Sketch of the medical history of the native army of Bombay, for the year
Year: 1872
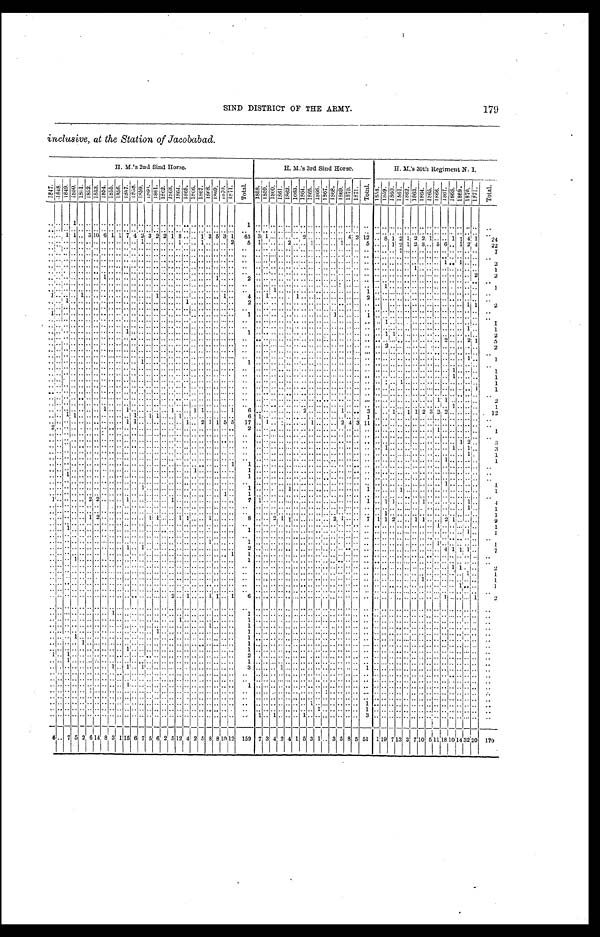
SIND DISTRICT OF THE ARMY.
179
inclusive, at the Station of Jacobabad.
H. M.'s 2nd Sind Horse.
H. M's 3rd Sind Horse.
H. M.' s 30th Regiment N.I.
1847
1 8 4 8
1 8 4 9 . 1 8 5 0 .
1 8 5 1 . 1 8 5 2 . 1 8 5 3 . 1 8 5 4 . 1 8 5 5 . 1 8 5 6 .1857.
1 8 5 8 .
1 8 5 9 .
1860.
1 8 6 1 .
1862.
1 8 6 3 . 1864. 1 8 6 5 .
1866.
1 8 6 7 . 1 8 6 8 .
1 8 6 9 .
1870. 1 8 7 1 . T o t a l .
1 8 5 8 .
1859. 1860. 1 8 6 1 .
1862. 1 8 6 3 .
1864. 1865.
1866.
1 8 6 7 .
1 8 6 8 . 1 8 6 9 . 1870. 1 8 7 1 .
T o t a l .
1 8 5 8 .
1859.1860.
1861.
1 8 6 2 .
1 8 6 3 .
1 8 6 4 . 1 8 6 5 . 1 8 6 6 . 1 8 6 7 .
1868.
1 8 6 9 . 1 8 7 0 .
1871.
T o t a l .
.. ..
. . 1 . . . . . . . . . . . .
.. .. . .
.. . .
.. . .
..
. .
.. . . . . . .
.. . .
1 . .
.. .. . .
.. . .
.. .. .. . . . . . .
.. . . . . . .
.. .. .. . . . . . .
.. .. . .
.. . . . .
..
. .
.. ..
. . . . . . . . . . . . . . . .
.. .. . .
.. . .
.. . .
..
. .
.. . . . . . .
.. . .
. . . .
.. .. . .
.. . .
.. .. .. . . . . . .
.. . . . . . .
.. .. .. . . . . . .
.. .. . .
.. . . . .
..
. .
.. .. 1 1 . . 3 1 0 6 1 1 7 4 2 3 2 2 1 8 . .
.. 1 3 5 3 1
6 5 3 1.. . .
.. . . 2.. .. . . . . . . 4 2 1 2 . .8 1 2 1 2 2 1.. . . 1 1 4 1 2 4
.. .. . . . . . . . . . . . . . . . ... .. 1 .. . . .. . .
1 . .
.. 1 . . . .
.. 2
5 1 .. .. . . 2 . .
.. 1.. . . . . 1 .. . . 5 . .
.. 1 2 1 2 3 .. 5 6 .. 1 2 4 2 2
.. ..
. . . . . . . . . . . . . . . .
.. .. . .
.. . .
.. . .
..
. .
.. . . . . . .
.. . .
. . . .
.. .. . .
.. . .
.. .. .. . . . . . .
.. . . . . . . .. .. 7 . . . . . .
.. .. . .
.. . . . .
..
7
.. .. . . . . . . . . . . . . . . . .
.. .. . .
.. . .
.. . .
.. . .
.. . . . . . .
.. . .
. . . .
.. .. . .
.. . .
.. .. .. . . . . . .
.. . . . .
. .
.. .. .. . . . . . .
.. .. . .
.. . . . .
.. . .
.. ..
. . . . . . . . . . . . . . . .
.. .. . .
.. . .
.. . .
..
. .
.. . . . . . .
.. . . . .
. .
.. .. . . .. . .
.. .. .. . . . . . . .. . . . .
. .
.. .. .. . . . . . .
.. .. 1 .. 1 . .
..
2
.. ..
. . . . . . . . . . . . . . . .
.. .. . .
.. . .
.. . .
..
. .
.. . . . . . .
.. . .
. . . .
.. .. . .
.. . .
.. .. .. . . . . . .
.. . . . . . .
.. .. .. . . 1 . .
.. .. . .
.. . . . .
..
1
.. ..
. . . . . . . . . . . . . . . .
.. . . . .
.. . .
.. . .
..
. .
.. . . . . . .
.. . .
. . . .
.. .. . .
.. . .
.. .. .. . . . . . .
.. . . . . . .
.. .. .. . . . . . .
.. .. . .
.. . . . . 2
2
.. ..
. . . . . . . . . . 1 . . . .
.. .. . .
.. . .
.. . .
..
. .
.. . . . . 1 .. . .
2 . .
.. .. . .
.. . .
.. .. .. . . . . . .
.. . . . .
. .
.. .. .. . . . . . .
.. .. . .
.. . . . .
..
. .
.. ..
. . . . . . . . . . . . . . . .
.. .. . .
.. . .
.. . .
..
. .
.. . . . . . .
.. . .
. . . .
.. .. . .
.. . .
.. .. .. . . . . . .
.. . . . . . .
1 .. .. . . . . . .
.. .. . .
.. . . . .
.... 1
.. ..
. . . . . . . . . . . . . . . .
.. .. . .
.. . .
.. . .
..
. .
.. . . . . . .
.. . .
. . . .
.. 1 . .
.. . .
.. .. .. . . . . . .
.. . . 1 . .
.. .. .. . . . . . .
.. .. . .
.. . . . .
..
. .
1 ..
. . . . 1 . . . . . . . . . .
.. .. . .
.. 1 .. . .
..
. .
.. . . . . . .
.. . .
4 . .
1 .. . .
.. 1 .. .. .. . . . . . .
.. . . 2 . .
.. .. .. . . . . . . .. .. . .
.. . . . . ..
. .
.. ..
1 . . . . . . . . . . . . . .
.. .. . .
.. . .
.. . .
..
1 .. . . . . . .
.. . .
2 . .
.. .. . .
.. . .
.. .... . . . . . .
.. . . . . . .
.. .. .. . . . . . .
.. .. . .
.. . . 1 1
2
.. ..
. . . . . . . . . . . . . . . .
.. .. . .
.. . .
.. . .
..
. .
.. . . . . . .
.. . .
. . . .
.. .. . .
.. . .
.. .. .. . . . . . .
.. . . . . . .
.. .. .. . . . . . .
.. .. . .
.. . . . .
..
. .
1 .. . .
. . . . . . . . . . . . . .
.. .. . .
.. . .
.. . .
..
. .
.. . . . . . .
.. . .
1 . .
.. .. . .
.. . .
.. .. .. . . 1 . .
.. . . 1 . .
.. .. .. . . . . . . .. .. . .
.. . . . .
.. . .
.. .. . . . . . . . . . . . . . . . .
.. .. . . .. . .
.. . .
..
. .
.. . . . . . .
.. . .
. . . .
.. .. . .
.. . .
.. .. .. . . . . . .
.. . . . . . .
1 .. .. . . . . . .
.. .. . .
.. . . . .
..
1
.. .. . . . . . . . . . . . . . . . .
.. .. . . .. . .
.. . .
..
. .
.. . . . . . .
.. . .
. . . .
.. .. . .
.. . .
.. .. .. . . . . . .
.. . . . . . .
.. .. .. . . . . . .
.. .. . .
.. . . 1 ..
1
.. .. . . . . . . . . . . . . . . 1 .. .. . . .. . .
.. . .
..
. .
.. . . . . . .
.. . .
1 . .
.. .. . .
.. . .
.. .. .. . . . . . .
.. . . . . . .
1 1 .. . . . . . .
.. .. . .
.. . . . .
..
2
.. .. . . . . . . . . . . . . . . . .
.. .. . . .. . .
.. . .
..
. .
.. . . . . . .
.. . .
. . . .
.. .. . .
.. . . .. .. .. . . . . . .
.. . . . . . .
.. .. .. . . . . . .
.. .. 2 .. . . 2 1
5
.. .. . . . . . . . . . . . . . . . .
.. .. . . .. . .
.. . .
..
. .
.. . . . . . .
.. . .
. . . .
.. .. . .
.. . . .. .. .. . . . . . .
.. . . . . . .
2 .. .. . . . . . .
.. .. . .
.. . . . .
..
2
.. .. . . . . . . . . . . . . . . . .
.. .. . . .. . .
.. . .
..
. .
.. . . . . . .
.. . .
. . . .
.. . .
. . . . . . .. .. .. . . . . . .
.. . . . . .. .. . . . . . . . .
.. .. . .
.. . . . .
..
. .
.. .. . . . . . . . . . . . . . . . .
.. .. . . .. . .
.. . . .. . .
.. . . . . . .
.. . .
. . . .
.. .. . . .. . . .. .. .. . . . . . .
.. . . . . . .
.. .. .. . . . . . .
.. .. . .
.. . . 1 ..
1
.. .. . . . . . . . . . . . . . . . .
.. .. . .
1 . .
.. . .
.. . .
.. . . . . . .
.. . .
1 . .
.. .. . .
.. . . .. .. .. . . . . . .
.. . . . . . .
.. .. .. . . . . . .
.. .. . .
.. . . . .
..
. .
.. .. . . . . . . . . . . . . . . . .
.. .. . .
... . .
.. . .
.. . .
.. . . . . . .
.. . .
. . . .
.. .. . .
.. . . .. .. .. . . . . . .
.. . . . . . .
.. .. .. . . . . . .
.. .. . .
1 . . . .
..
1
.. .. . . . . . . . . . . . . . . . .
.. .. . .
.. . .
.. . .
.. . .
.. . . . . . .
.. . .
. . . .
.. .. . .
.. . . .. .. .. . . . . . .
.. . . . . . .
.. .. .. . . . . . .
.. .. . .
1 . . . .
..
1
.. .. . . . . . . . . . . . . . . . .
.. .. . .
.. . .
.. . .
.. . .
.. . . . . . .
.. . .
. . . .
.. .. . .
.. . . .. .. .. . . . . . .
.. . . . . . .
.. .. 1 . . . . . .
.. .. . .
.. . . . .
..
1
.. .. . . . . . . . . . . . . . . . .
.. .. . .
.. . .
.. . .
..
. .
.. . . . . . .
.. . .
. . . .
.. .. . .
.. . . .. .. .. . . . . . .
.. . . . . . .
.. .. .. . . . . . .
.. .. . .
.. . . . .
1
1
.. .. . . . . . . . . . . . . . . . .
.. .. . .
.. . .
.. . .
..
. .
.. . . . . . .
.. . .
. . . .
.. .. . .
.. . . .. .. .. . . . . . .
.. . . . . . .
.. .. ..
. . .. .. .. . . . .
.. . . . .
..
. .
.. .. .. . . . . . . . . . . . . . .
.. .. . .
.. . .
.. . .
..
. .
.. . . . . . .
.. . .
. . . .
.. .. . .
.. . . .. .. .. . . . . . .
.. . . . . . .
.. .. .. . . . . . .
.. .. 1 1
..
2
.. ..
. . . . . . . . . . . . . . . .
.. .. . . .. . .
.. . .
..
. .
.. . . . . . .
.. . .
. . . .
.. .. . .
.. . . .. .. .. . . . . . .
.. . . . . . .
.. .. .. . . . . . .
.. .. . .
.. 1 . .
..
1
.. ..
. . . . . . . . 1 . . . . . .
1 .. . . .. . .
.. 1 ..
. .
1 1 . . . ... 1
6 . .
.. .. . . .. . .
2 .. .. . . . . 1 .. . . 3 . ...1 .. 1 1 2
3 2 2 .. . . . . ..
1 2
.. ..
1 1 . . . . . . . . . . . . . .
.. 1 . . 1 1 .. . . 1 . . .. . . . . . .
.. . .
6 1 .. .. . .
.. . .
.. .. .. . . . . . .
.. . . 1 . .
.. .. .. . . . . . . .. .. . . .. . . . .
..
. .
.. ..
. . . . . . . . . . . . . . . .
.. .. . .
.. . .
.. . .
..
1 .. 2 1 1 5 5
1 7 . .
1 .. . .
.. . .
.. 1 .. . . . . 2 4 3
1 1 . .
.. .. .. . . . . . . .. .. . . .. . . . .
..
. .
2 ..
. . . . . . . . . . . . . . . .
.. .. . .
.. . .
.. . .
..
. .
.. . . . . . .
.. . .
2 . .
.. .. . .
.. . .
.. .. .. . . . . . .
.. . . . . . .
.. .. .. . . . . . . .. 1 . . .. . . . .
..
1
.. ..
. . . . . . . . . . . . . . . .
.. .. . .
.. . .
.. . .
..
. .
.. . . . . . .
.. . .
. . . .
.. .. . .
.. . .
.. .. .. . . . . . .
.. . . . . . .
.. .. .. . . . . . . .. .. . . .. . . . .
..
. .
.. ..
. . . . . . . . . . . . . . . .
.. .. . .
.. . .
.. . .
..
. .
.. . . . . . .
.. . .
. . . .
.. .. . .
.. . .
.. .. .. . . . . . .
.. . . . . . .
.. .. .. . . . . . . .. .. . . .. . . . .
..
. .
.. ..
. . . . . . . . . . . . . . . .
.. .. . .
.. . .
.. . .
..
. .
.. . . . . . .
.. . .
. . . .
.. .. . .
.. . .
.. .. .. . . . . . . .. . . . . . .
.. .. .. . . . . . . .. .. . . . . 1 2 ..
3
.. ..
. . . . . . . . . . . . . . . .
.. .. . .
.. . . .. . .
..
. .
.. . . . . . .
.. . .
. . . .
.. .. . .
.. . .
.. .. .. . . . . . .
..
. . . . . .
1 .. .. . . . . . . .. .. . . 1 . . 1 ..
3
.. ..
. . . . . . . . . . . . . . . .
.. .. . .
.. . .
.. . . ..
. .
.. . . . . . .
..
. .
. . . .
.. .. . .
.. . .
.. .. .. . . . . . .
.. . . . . . . .. .. .. . .
. . . . .. ..
. . ..
. . 1 ..
1
.. ..
. . . . . . . . . . . . . . . .
.. .. . .
.. . .
.. . .
..
. .
.. . . . . . .
.. . .
. . . .
.. .. . .
.. . .
.. .. .. . . . . . .
.. . . . . . .
.. .. .. . . . . . .
.. .. 1 .. . . . .
..
1
.. ..
. . . . . . . . . . . . . . . .
.. .. . .
.. . .
.. . .
..
. .
.. . . . . . .
.. 1
1 . .
.. .. . .
.. . .
.. .. .. . . . . . .
.. . . . . . .
.. .. .. . . . . . .
.. .. . .
.. . . . .
..
. .
.. ..
. . . . . . . . . . . . . . . .
.. .. . .
.. . .
.. . .
..
. .
1 . . . . . .
.. . .
1 . .
.. .. . .
.. . .
.. .. .. . . . . . .
.. . . . . . .
.. .. .. . . . . . .
.. .. . .
.. . . . .
..
. .
.. ..
1 . . . . . . . . . . . . . .
.. .. . .
.. . .
.. . .
..
. .
.. . . . . . .
.. . .
1 . .
.. .. . .
.. . .
.. .. .. . . . . . .
.. . . . . . .
.. .. .. . . . . . .
.. .. . .
.. . . . .
..
. .
.. ..
. . . . . . . . . . . . . . . .
.. .. . .
.. . .
.. . .
..
. .
.. . . . . . .
.. . .
. . . .
.. .. . .
.. . .
.. .. .. . . . . . .
.. . . . . . .
.. .. .. . . . . . .
.. .. 1 .. . . . .
..
1
.. ..
. . . . . . . . . . . . . . . .
.. .. 1 .. . .
.. . .
..
. .
.. . . . . . .
.. . .
1 . .
.. .. . .
1 . .
.. .. .. . . . . . . . .
.. . . 1 . .
.. .. 1 . . . . . .
.. .. . .
.. . . . .
..
1
.. ..
. . . . . . . . . . . . . . . .
.. .. . .
.. . .
.. . .
..
. .
.. . . . . . .
1 . .
1 . .
.. .. . .
.. . .
.. .. .. . . . . . .
.. . . . . . .
.. .. .. . . . . . .
.. .. . . .. . . . .
..
. .
1 ..
. . . . . . 2 2 . . . . . .
1 .. . . .. . . .. 1 ..
. .
.. . . . . . .
.. . .
7 1 .. .. . .
.. . . .. .. .. . . . . . .
.. . . 1 . .
1 1 .. . . . . 1 .. .. . . .. . . 1 ..
4
.. ..
. . . . . . . . . . . . . . . .
.. .. . .
.. . .
.. . .
..
. .
.. . . . . . .
.. . .
. . . .
.. .. . .
.. . .
.. .. .. . . . . . .
.. . . . . . .
.. . .
.. . . . . . .
.. .. . . .. . . 1 ..
1
.. ..
. . . . . . . . . . . . . . . . .... . . . . . .
.. . .
..
. .
.. . . . .
. .
.. . .
. . . . .... . . .. . .
.. .... . . . . . .
.. . . . . . .
1 .. .. . . . . . .
.. .. . . .. . . . .
..
1
.. ..
. . . .
1 2 . . . . . .
.. .. . .
1 1 .. . .
1
1 .. . . 1 . .
.. . .
8 . .
.. 2 1 1 . .
.. .. .. . . 2 1 .. . . 7 1 1 2 .. . . 1 1 .. .. 2 1 . . . .
..
9
.. ..
. . . . . . . . . . . . . . . .
.. .. . .
.. . .
.. . .
..
. .
.. . . . . . .
.. . .
. . . .
.. .. . .
.. . . .. .... . . . . . .
.. . . . . . .
.. .. .. . . . . . .
.. 1 . . .. . . . .
..
1
.. ..
1 . . . . . . . . . . . . . .
.. .. . .
.. . .
.. . .
..
. .
.. . . . . . .
.. . .
1 . .
.. .. . .
.. . .
.. .. .. . . . . . .
.. . . . . . .
.. .. .. . . . . . .
.. .. . . .. . . 1 ..
1
.. ..
. . . . . . . . . . . . . . . .
.. .. . .
.. . .
.. . .
..
. .
.. . . . . . .
.. . .
. . . .
.. .. . .
.. . .
.. .. .. . . . . . .
.. . . . . . .
.. .. .. . . . . . .
.. .. . . .. . . . .
..
. .
.. ..
. . . . . . . . . . . . . . . .
.. .. . .
.. . .
.. . .
..
. .
.. . . 1 . .
.. . .
1 . .
.. .. . .
.. . .
.. .. .. . . . . . .
.. . . . . . . .. .. .. . . . . . .
.. 1 . . .. . . . . ..
1
.. ..
. . . . . . . . . . . . . . . .
1 .. 1 . . . .
.. . .
..
. .
.. . . . . . .
.. . .
2
. .
.. .. . .
.. . .
.. .. .. . . . . . .
.. . . . . . .
.. .. .... . . . . . .
.. .. 4 1 1 1 .. 7
.. ..
. . . . . . . . . . . . . . . .
.. .. . .
.. . .
.. . .
..
. .
.. . . . . . . .. 1 1
. .
.. .. . .
.. . .
.. .. .. . . . . . .
.. . . . . . .
.. .. .. . . . . . .
.. .. .. . . . .
..
. .
.. ..
. . 1 . . . . . . . . . . . .
.. .. . .
.. . .
.. . .
..
. .
.. . . . . . .
.. . . 1
. .
.. .. . .
.. . .
.. .. .. . . . . . .
.. . . . . . .
.. .. .. . . . . . .
.. .... .. . . . . ..
. .
.. ..
. . . . . . . . . . . . . . . .
.. .. . .
.. . .
.. . .
..
. .
.. . . . . . .
.. . . . .
. .
.. .. . .
.. . .
.. .. .. . . . . . .
.. . . . . . .
.. .. .. . .
. . . . .. .. . .
1 1 . .
..
2
.. ..
. . . . . . . . . .
. .
. . . .
.. .. . .
.. . .
.. . . . . . .
.. . . . . . . .. . .
.. . . .. . . . . .. . .
.. .. .. . . . . . .
.. . . . . . .
.. .. .. . . . . . .
.. .. . .
.. . . 1 ..
1
.. ..
. . . . . . . . . . . . . . . .
.. .. . .
.. . .
.. . .
..
. .
.. . . . . . .
.. . .
. . . .
.. .. . .
.. . .
.. .. .. . . . . . .
.. . . . . . .
.. .. .. . . . . 1 .. .. . .
.. . . . . . .
1
.. ..
. . . . . . . . . . . . . . . .
.. .. . .
.. . .
.. . .
..
. .
.. . . . . . .
.. . .
. . . . .... . .
.. . .
.. .. .. . . . . . .
.. . . . . . .
.. .. .. . . . . . . .. .. . .
.. 1 . . . .
1
.. ..
. . . . . . . . . . . . . . . .
.. .. . .
.. . .
.. . .
..
. .
.. . . . . . .
.. . .
. . . .
.. .. . .
.. . .
.. .. .. . . . . . .
.. . . . . . .
.. .. .. . . . . . . .. .. . .
.. . . . . . .
.. ..
. . . . . . . . . . . . . . .. .. .. . . .. . .
.. 2 ..
1 .. . . 1 1
1
6
. .
.. .. . .
.. . .
.. .. .. . . . . . .
.. . . . . . .
.. .. .. . . . . . . .. .. 1 .. . . . .
1
2
.. ..
. . . . . . . . . . . . . . . .
.. .. . .
.. . .
.. . .
..
. .
.. . . . . . .
.. . .
. . . .
.. .. . . . .
.. . .
.. .. .. . . . . . .
.. . . . . . .
.. .. .. . . . . . . .. .. . .
.. . . . .
..
. .
.. ..
. . . . . . . . . . . . 1 . .
.. .. . .
.. . .
.. . .
..
. .
.. . . . . . .
.. . .
1 . .
.. .. . . . .
.. . .
.. .. .. . . . . . . .. . . . . . .
.. .. .. . . . . . . .. .. . .
.. . . . .
.. . .
......
. . . . . . . . . . . . . . . .
.. .. . .
.. . .
.. . .
1
. .
.. . . . . . .
.. . .
1 . .
.. .. . .
.. . .
.. .. .. . . . . . .
.. . . . . . .
.. .. .. . . . . . . .. .. . .
.. . . . .
..
. .
.. ..
. . . . . . . . . . . . . . . .
.. .. . . .. . .
.. . .
..
. . .. . . 1 . . .. . .
1 . .
.. .. . .
.. . .
.. .. .. . . . . . . .. . . . . . . .. .. .. . . . . . . .. .. . .
.. . . . .
..
. .
.. ..
. . . . . . . . . . . . . . . .
.. .. . .
.. 1 .. . .
..
. .
.. . . . . . .
.. . .
1 . .
.. .. . .
.. . . .. .... . . . . . . .. . . . . . . .. .... . . . . . . .. .. . .
.. . . . . .. . .
.. ..
. . 1 . . . . . . . . . . . .
.. .. . .
.. . .
.. . .
..
. .
.. . . . . . .
.. . .
1 . .
.. .. . .
.. . .
.. .. .. . . . . . . . .
.. . . . . . .
.. .. .. . . . . . . .. .. . .
.. . . . .
..
. .
.. ..
. . . . 1 . . . . . . . . . . . .
.. .. . .
.. . .
.. . . ..
. . .. . . . .
. . .. . .
1 . .
.. .. . .
.. . .
.. .. .. . . . . . .
.. . . . . . .
.. .. .. . . . . . . .. .. . .
.. . . . .
..
. .
.. ..
. . . . . . . . . . . . . . . . 1.. . . .. . .
.. . . ..
. .
.. . . . . . .
.. . .
1 . .
.. .. . .
.. . . .... .. . . . . . .
.. . . . . . .
.. . . .. . . . . . .
.. .. . .
.. . . . .
..
. .
1 ..
1 . . . . . . . . . . . . . .
.. .. . . .. . .
.. . .
..
. .
.. . . . . . .
.. . .
2 . .
.. .. . .
.. . .
.. .. .. . . . . . .
.. . . . . . .
.. .. .. . . . . . .
.. .. . .
.. . . . .
..
. .
..
1 . . . . . . . . . . . . . .
.. .. . . .. . .
.. . .
..
. .
.. . . . . . .
.. . .
1 . .
.. .. . .
.. . .
.. .. .. . . . . . .
.. . . . . . .
.. .. .. . . . . . .
.. .. . .
.. . . . .
..
. .
..
. .
. . 1 . . 1
1 .. .. . . .. . .
.. . .
..
. .
.. . . . . . .
.. . .
3 . .
.. .. . . 1
.. . .
.. .. .. . . . . . .
.. . . 1 . .
.. .. .. . . . . . .
.. .. . .
.. . . . .
..
. .
.. ..
. . . . . . . . . . . . . . . .
.. .. . . .. . .
.. . .
..
. .
.. . . . . . .
.. . .
. . . .
.. .. . .
.. . .
.. .. .. . . . . . .
.. . . . . . .
.. .. .. . . . . . .
.. .. . .
.. . . . .
..
. .
.. ..
. . . . . . . . . . . . . . . .
.. .. . . .
. .
.. . .
..
. .
.. . . . . . .
.. . .
. . . . . .
..
. .
.. . .
.. .. .. . . . . . .
.. . . . . . .
.. .. .. . . . . . .. .. . .
.. . . . .
..
. .
.. .... . . . . . . . . . . . . . . . . . .
......1.. . . .. . .
.. . .
...... . .
.. . . . . . .
.... . . . .
1 . . . .
.. .. . .
.... . .
.. .. .. . . . . . .
.. . . . . . .
.. .. .. . . . . . .
.. .. . .
.. . . . .
..
. .
.. ..
. . . . . . . . . . . . . . . . . .
.. .. . . .. . .
.. . .
..
. .
.. . . . . . .
.. . .
. . . . . .
.. .. . .
.. . .
.. .. .. . . . . . .
.. . . . . . .
.. .. .. . . . . . .
.. .. . .
.. . . . .
..
. .
.. ..
. . . . . . . . . . . . . . . . . . . .
.. .. . . .. . .
.. . .
..
. .
.. . . . . . .
.. . .
. . . . . .
.. .. . .
.. . .
.. 1 .. . . . . . .
.. . . 1 . .
.. .. .. . . . . . .
.. .. . .
.. . . . .
..
. .
.. ..
. . . . . . . . . . . . . . . . . . . .
.. .. . .
.. . .
.... . .
..
. .
.. . . . . . .
.. . .
. . . .
.. .. . .
.. . .
.. .. 1 . . . . . .
.. . . 1 . .
.. .. .. . . . . . .
.. .. . .
.. . . . .
..
. .
.. ..
. . . . . . . . . . . . . . . .
.. .. . .
.. . .
.. . .
..
. .
.. . . . . . .
.. . .
. . 1 .. 1 . .
.. . .
1 .. . . . . . . . . . . . .
.. . . 3 . .
.. .. .. . . . . . . .
.. .. . .
.. . . . .
..
. .
6 .. 7 5 2 6 1 4 8 3 1 15
6 7 5
6 2 5 12 4 2
5 8
8 10 1 2
1 5 9 7 3 4 2 4
1 5 3 1 . . 3 5 8 5
5 1 1
19
7 13 3
7
1 0
5 11 1 8
10
1 4 3 2
20
1 7 0